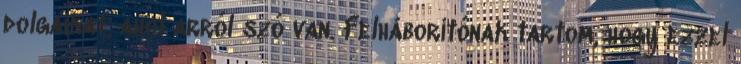
dolgaikat, ahol arról szó van. Felháborítónak tartom, hogy ezzel